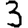
Digit: 3